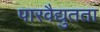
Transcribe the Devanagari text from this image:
पारवैद्युतता